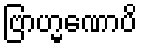
ဗြာဟ္မဏောပိ